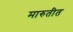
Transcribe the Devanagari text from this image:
मारुतीत